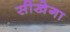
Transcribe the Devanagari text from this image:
सीखेगा